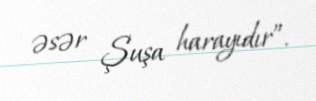
əsər Şuşa harayıdır”.